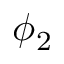
\phi _ { 2 }